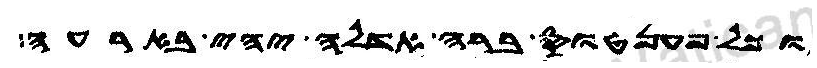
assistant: וכל פענטוס ברה אדלה יהי בארעה